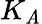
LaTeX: K_{\mathit{A}}